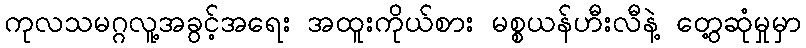
ကုလသမဂ္ဂလူ့အခွင့်အရေး အထူးကိုယ်စား မစ္စယန်ဟီးလီနဲ့ တွေ့ဆုံမှုမှာ